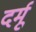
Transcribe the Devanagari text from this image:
दर्मू